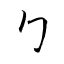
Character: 勹